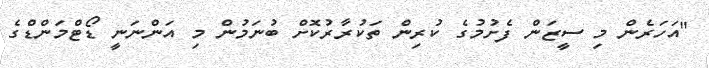
"އަހަރެން މި ސީޒަން ފެށުމުގެ ކުރިން ތަކުރާރުކޮށް ބުނަމުން މި އަންނަނީ ޑޯޓްމަންޑްގެ